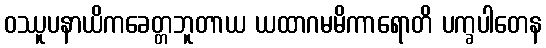
ဝဿူပနာယိကခေတ္တဘူတာယ ယထာဂမမိကာရောတိ ပက္ခပါတေန